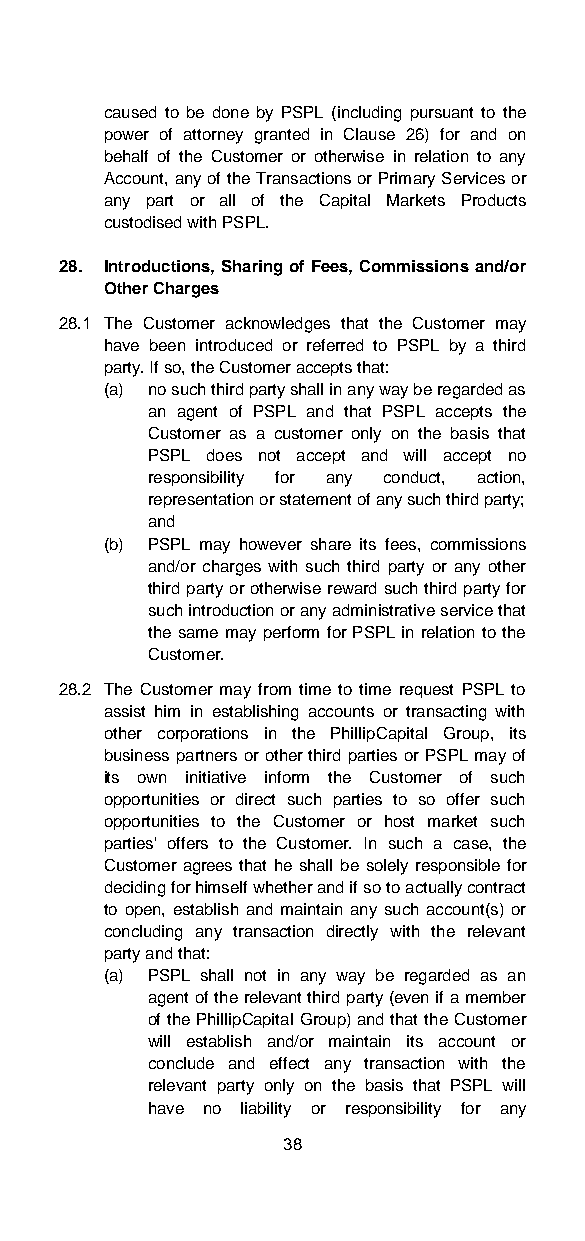
caused to be done by PSPL (including pursuant to the
 power of attorney granted in Clause 26) for and on
 behalf of the Customer or otherwise in relation to any
 Account, any of the Transactions or Primary Services or
 any part or all of the Capital Markets Products
 custodised with PSPL.
 28. Introductions, Sharing of Fees, Commissions and/or
 Other Charges
 28.1 The Customer acknowledges that the Customer may
 have been introduced or referred to PSPL by a third
 party. If so, the Customer accepts that:
 (a) no such third party shall in any way be regarded as
 an agent of PSPL and that PSPL accepts the
 Customer as a customer only on the basis that
 PSPL does not accept and will accept no
 responsibility for any conduct, action,
 representation or statement of any such third party;
 and
 (b) PSPL may however share its fees, commissions
 and/or charges with such third party or any other
 third party or otherwise reward such third party for
 such introduction or any administrative service that
 the same may perform for PSPL in relation to the
 Customer.
 28.2 The Customer may from time to time request PSPL to
 assist him in establishing accounts or transacting with
 other corporations in the PhillipCapital Group, its
 business partners or other third parties or PSPL may of
 its own initiative inform the Customer of such
 opportunities or direct such parties to so offer such
 opportunities to the Customer or host market such
 parties' offers to the Customer. In such a case, the
 Customer agrees that he shall be solely responsible for
 deciding for himself whether and if so to actually contract
 to open, establish and maintain any such account(s) or
 concluding any transaction directly with the relevant
 party and that:
 (a) PSPL shall not in any way be regarded as an
 agent of the relevant third party (even if a member
 of the PhillipCapital Group) and that the Customer
 will establish and/or maintain its account or
 conclude and effect any transaction with the
 relevant party only on the basis that PSPL will
 have no liability or responsibility for any
 38